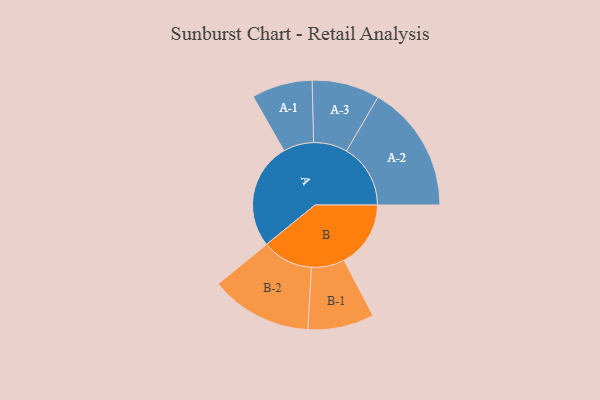
{"axis": {"x": "Segment", "y": "Value"}, "legend": ["", "A", "B"], "data": [{"x": "A", "y": 466, "type": ""}, {"x": "B", "y": 292, "type": ""}, {"x": "A-1", "y": 133, "type": "A"}, {"x": "A-2", "y": 280, "type": "A"}, {"x": "A-3", "y": 148, "type": "A"}, {"x": "B-1", "y": 145, "type": "B"}, {"x": "B-2", "y": 223, "type": "B"}]}